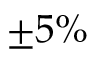
\pm 5 \%